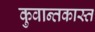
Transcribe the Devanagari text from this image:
कुवान्तकास्त